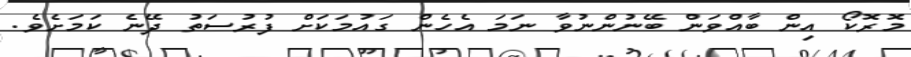
މޮރޮކޯ އިން ބާއްވަން ބޭނުންނުވާ ނަމަ އެހެން ގައުމަކަށް ފުރުސަތު ދޭނެ ކަމަށެވެ.